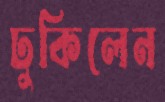
ঢুকিলেন